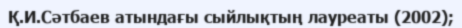
Қ.И.Сәтбаев атындағы сыйлықтың лауреаты (2002);